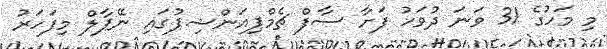
މި މަހުގެ 31 ވަނަ ދުވަހު ފަށާ ސާފް ޗެމްޕިއަންޝިޕުގައި ނޭޕާލް މިފަހަރު